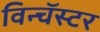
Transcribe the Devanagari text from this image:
विन्चॅस्टर